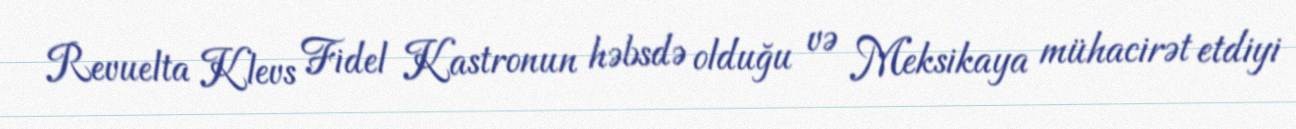
Revuelta Klevs Fidel Kastronun həbsdə olduğu və Meksikaya mühacirət etdiyi